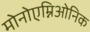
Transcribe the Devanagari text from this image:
मोनोएम्निओनिक